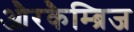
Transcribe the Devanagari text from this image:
औरकैम्ब्रिज